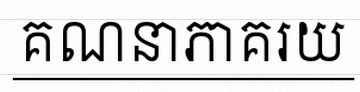
គណនាភាគរយ